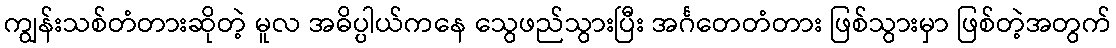
ကျွန်းသစ်တံတားဆိုတဲ့ မူလ အဓိပ္ပါယ်ကနေ သွေဖည်သွားပြီး အင်္ဂတေတံတား ဖြစ်သွားမှာ ဖြစ်တဲ့အတွက်